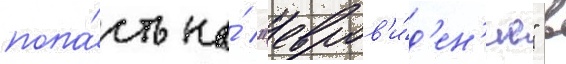
попа́сть на́ "евров'и́д'ен'ие" в